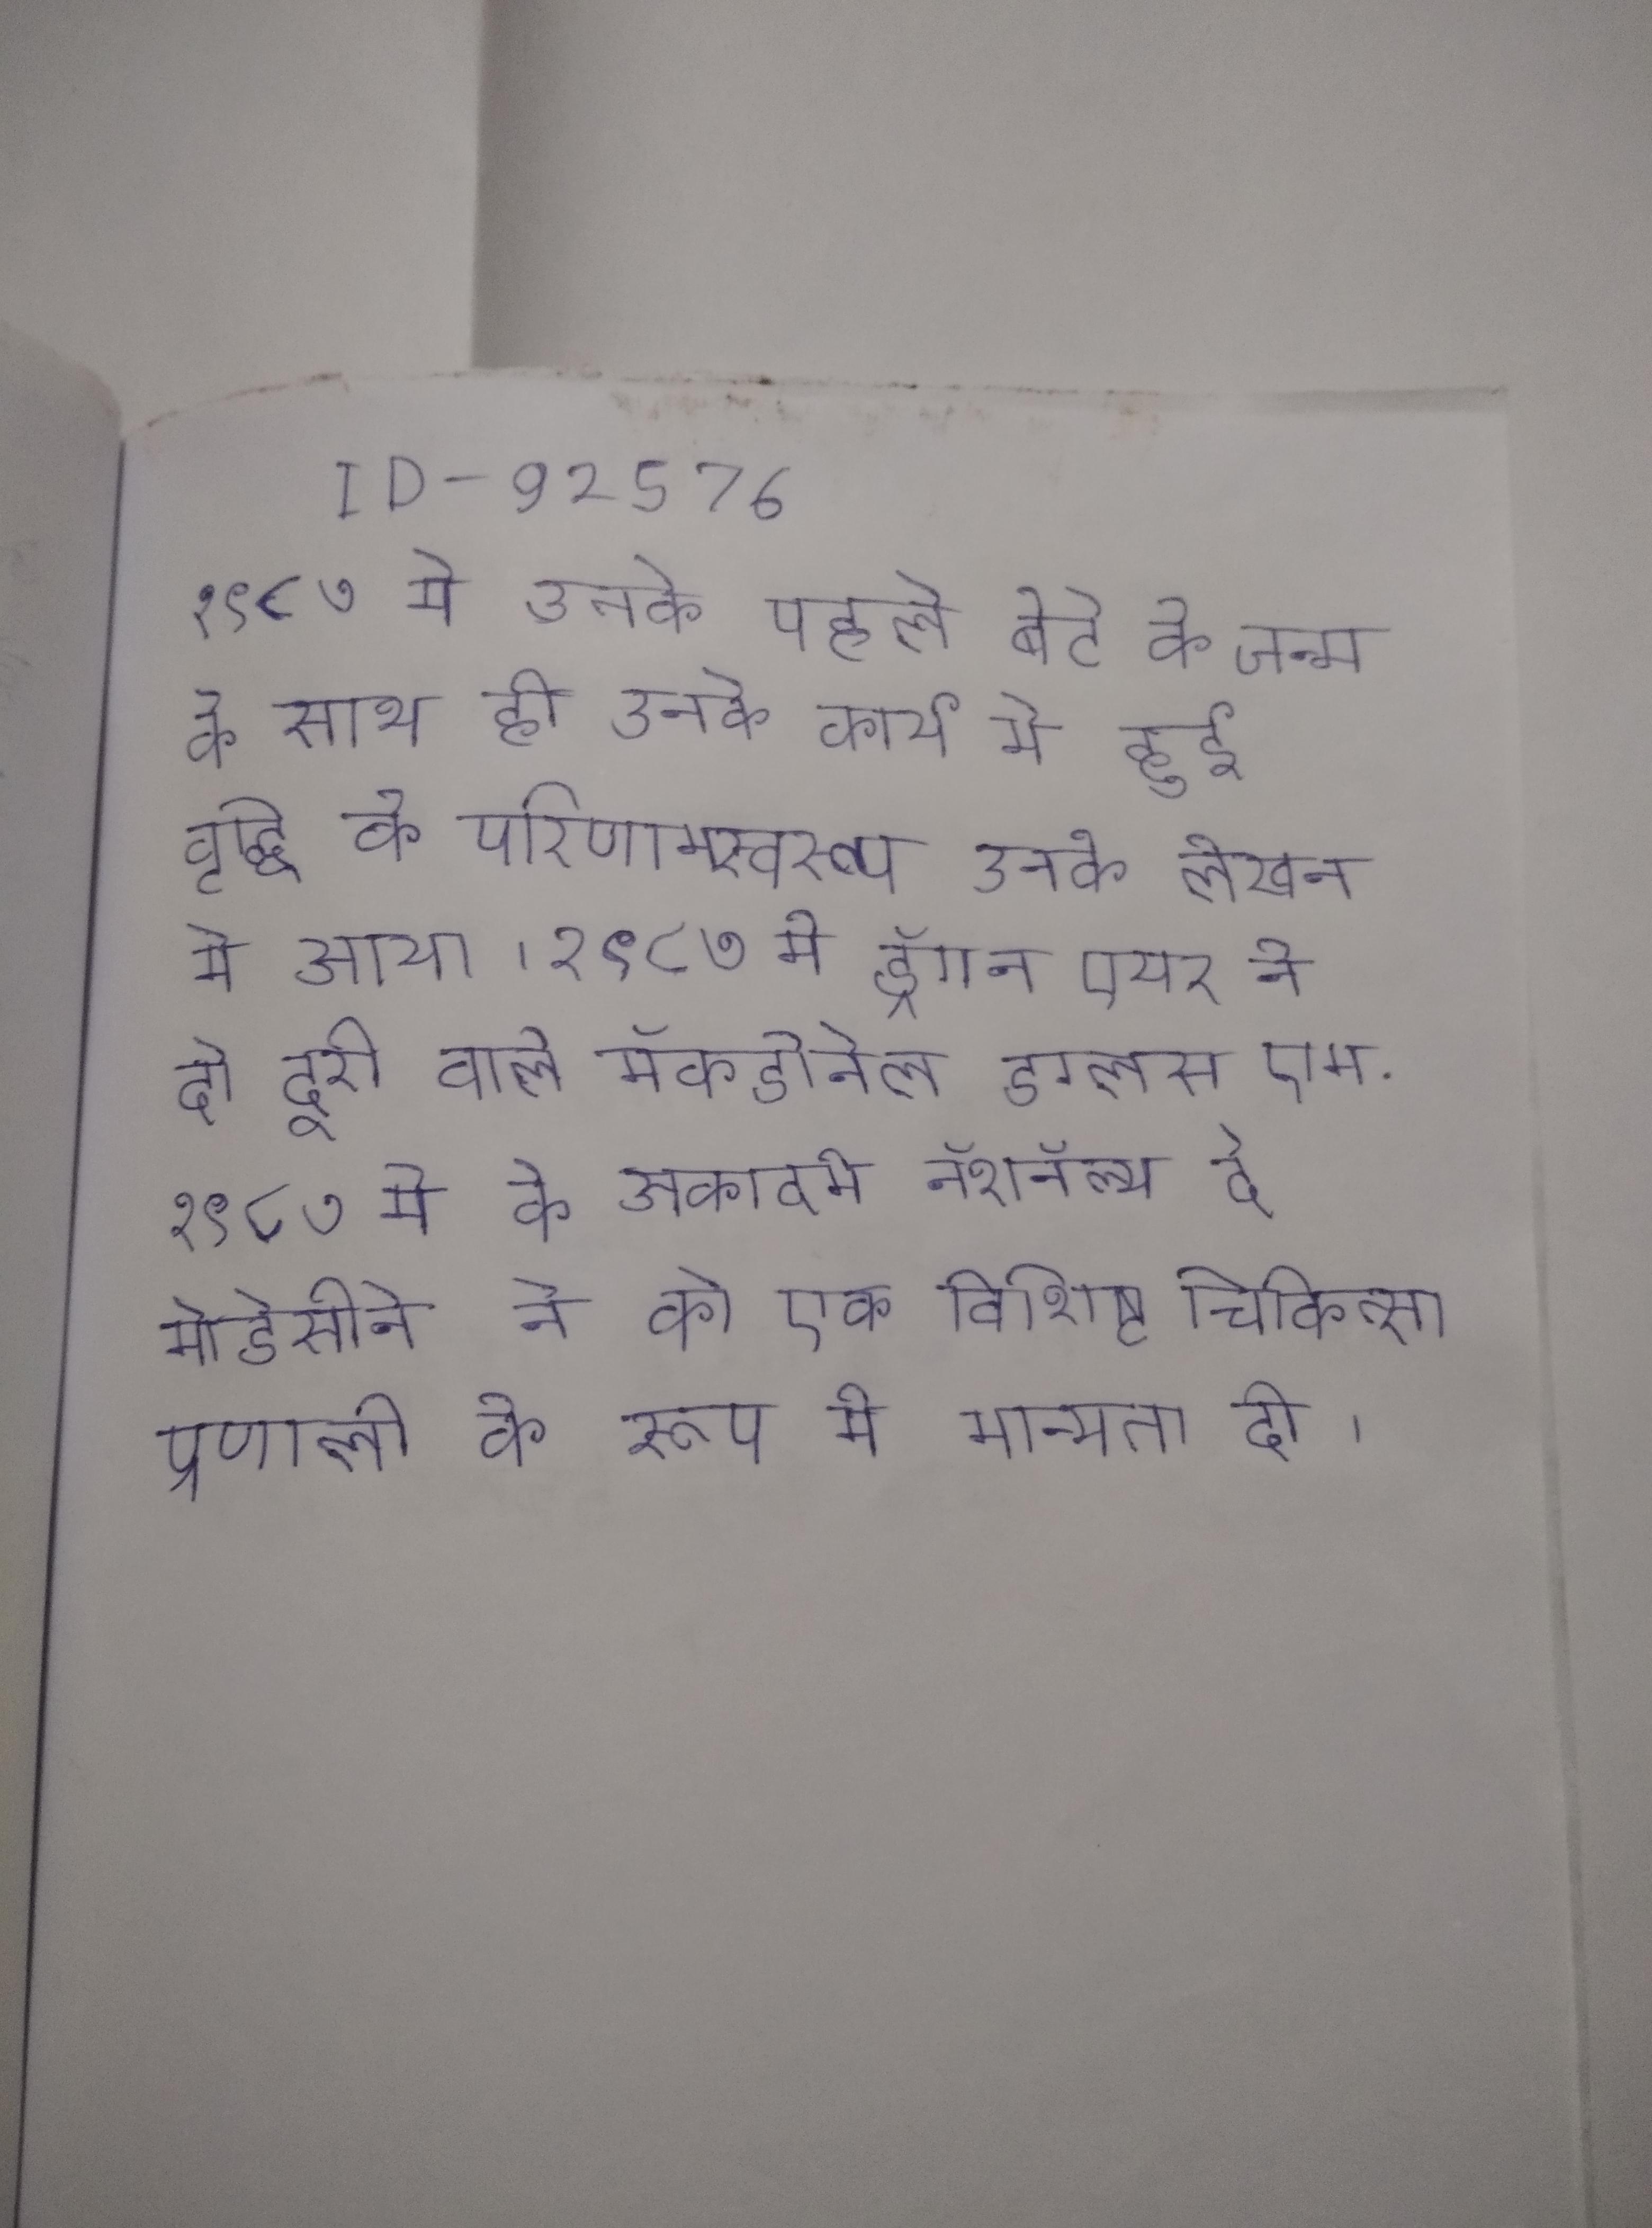
१९८७ मे उनके पहले बेटे के जन्म के साथ ही उनके कार्य मे हुई वृद्धि के परिणाम्स्वरूप उनके लेखन मे आया । १९८७ मे ड्रॅगन एयर ने दो दूरी वाले मॅकडोनेल डग्लस एम . १९८७ मे के अकादमे नॅशनॅल्य दे मेडेसीने ने को एक विशिष्ट चिकित्सा प्रणाली के रूप मे मान्यता दी ।